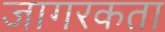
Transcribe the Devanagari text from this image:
जागरकता